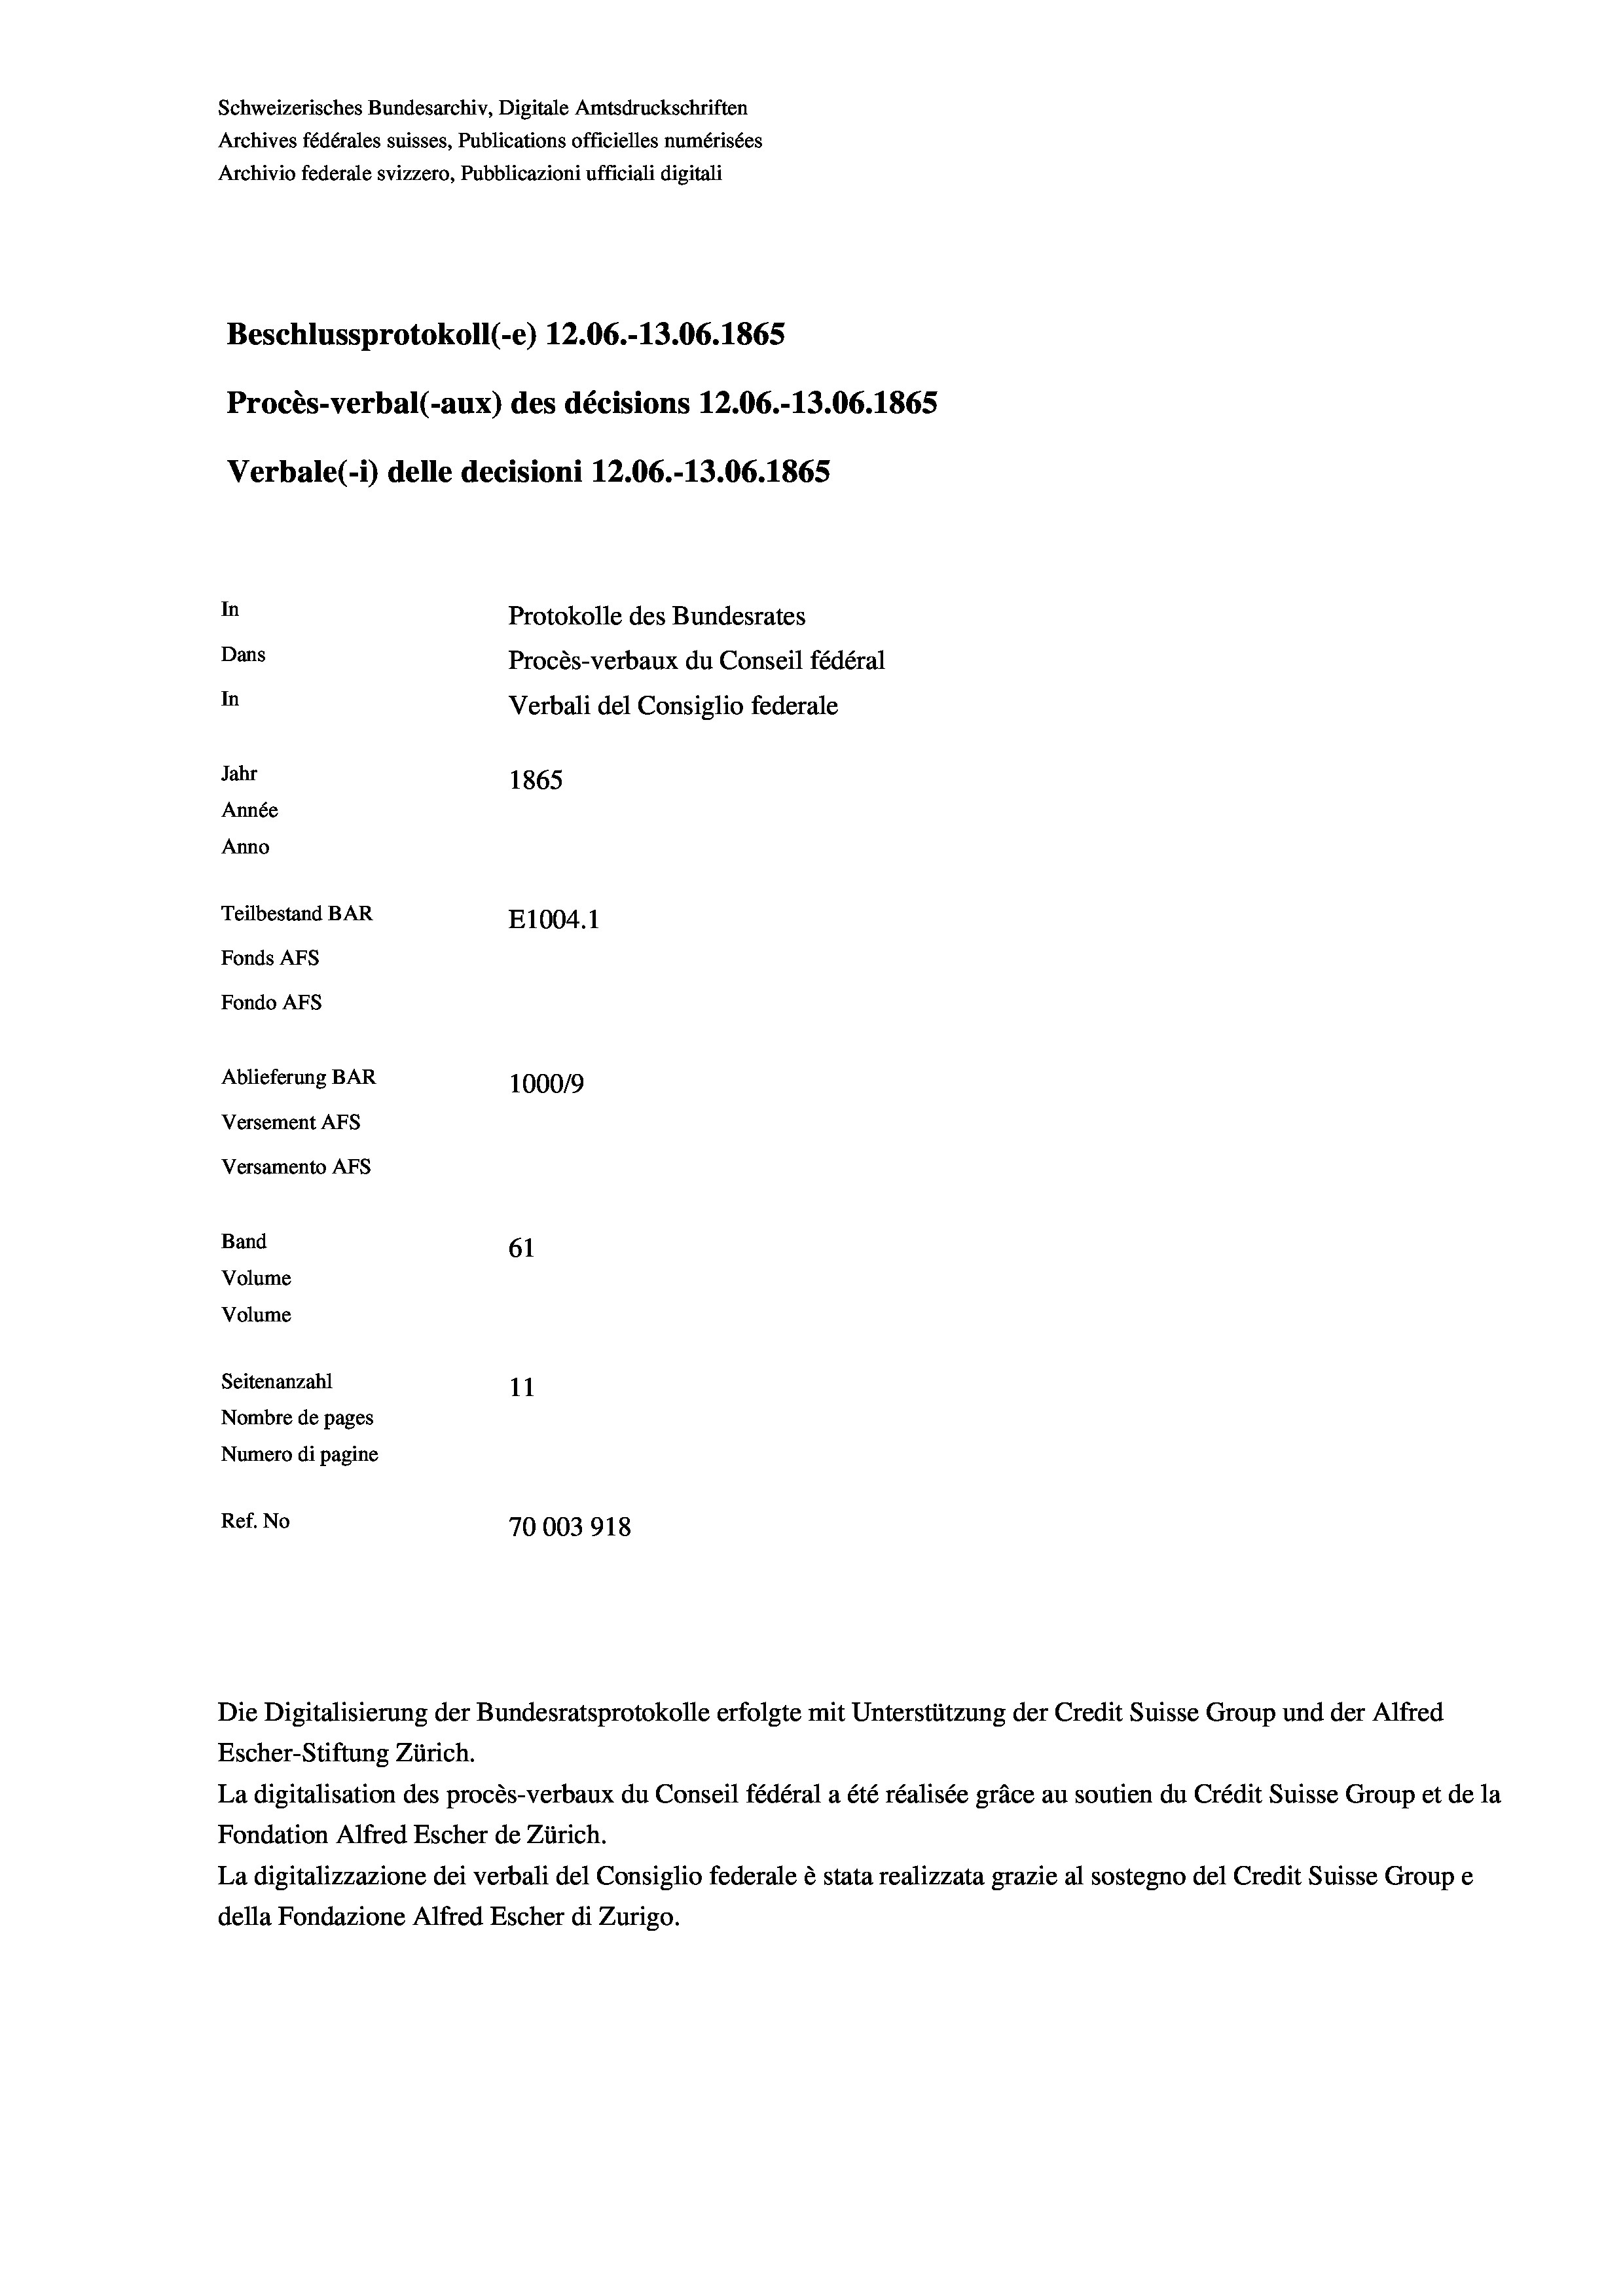
Schweizerisches Bundesarchiv, Digitale Amtsdruckschriften
Archives fédérales suisses, Publications officielles numérisées
Archivio federale svizzero, Pubblicazioni ufficiali digitali
Beschlussprotokoll (-e) 12.06.-13.06. 1865
Procès-verbal (-aux) des décisions 12.06.-13.06. 1865
Verbale (- 1) delle decisioni 12.06.-13.06. 1865
In
Protokolle des Bundesrates
Dans
Procès-verbaux du Conseil fédéral
In
Verbali del Consiglio federale
Jahr
1865
Année
Anno
Teilbestand BAR
E1004.1
Fonds AFs
Fondo AFs
Ablieferung BAR
100019
Versement AFs
Versamento Afs
Band
61
Volume
Volume
Seitenanzahl
11
Nombre de pages
Numero di pagine
Ref. No
70003918

Escher-Stiftung Zürich.
La digitalisation des procès-verbaux du Conseil fédéral a été réalisée gräce au soutien du Crédit Suisse Group et de la
Fondation Alfred Escher de Zürich.
La digitalizzazione dei verbali del Consiglio federale è stata realizzata grazie al sostegno del Credit Suisse Groupe
della Fondazione Alfred Escher di Zurigo.

Die Digitalisierung der Bundesratsprotokolle erfolgte mit Unterstützung der Credit Suisse Group und der Alfred